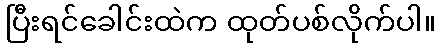
ပြီးရင်ခေါင်းထဲက ထုတ်ပစ်လိုက်ပါ။